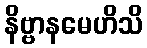
နိဗ္ဗာနမေဟိသိ